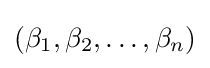
(\beta _{1},\beta _{2},\ldots ,\beta _{n})